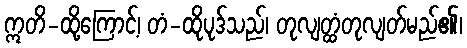
ဣတိ-ထို့ကြောင့်၊ တံ-ထိုပုဒ်သည်၊ တုလျတ္ထံတုလျတ်မည်၏၊